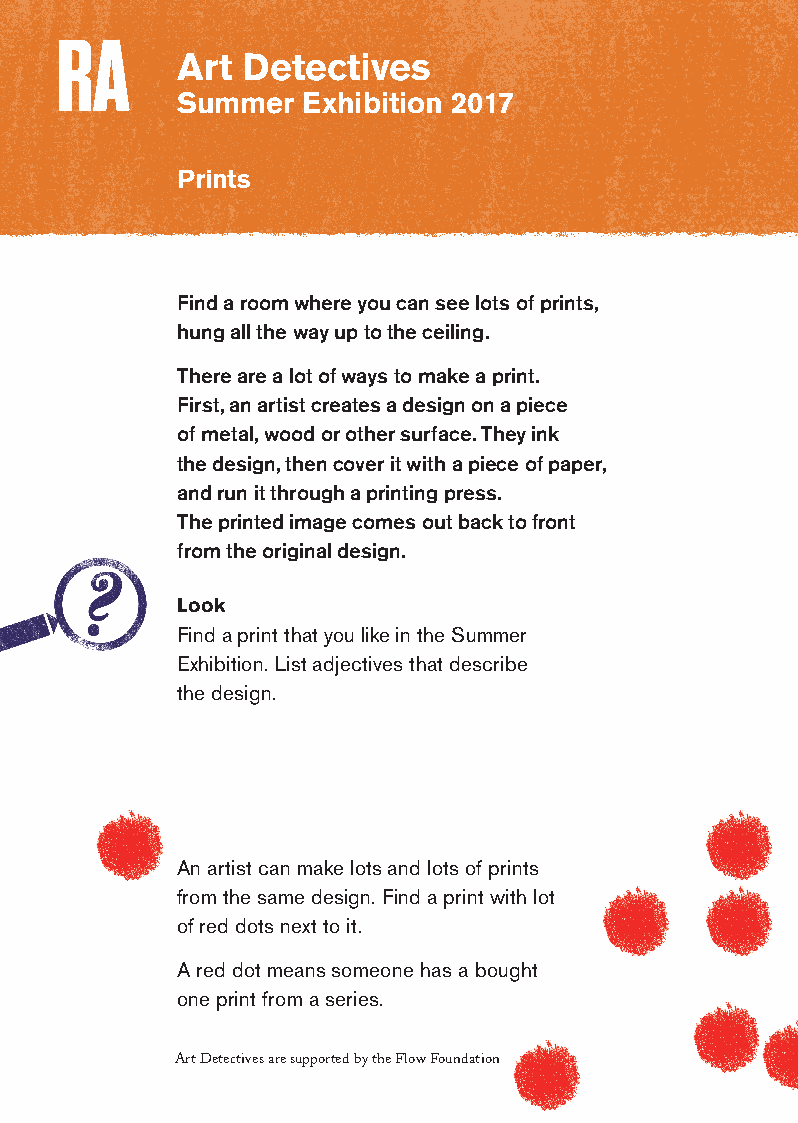
Art Detectives
 Summer  Exhibition 2017
 Prints
 Find a room where you can see lots of prints,
 hung all the way up to the ceiling.
 There are a lot of ways to make a print.
 First, an artist creates a design on a piece
 of metal, wood or other surface. They ink
 the design, then cover it with a piece of paper,
 and run it through a printing press.
 The printed image comes out back to front
 from the original design.
 Look
 Find a print that you like in the Summer
 Exhibition. List adjectives that describe
 the design.
 An artist can make lots and lots of prints
 from the same design. Find a print with lot
 of red dots next to it.
 A red dot means someone has a bought
 one print from a series.
 Art Detectives are supported by the Flow Foundation